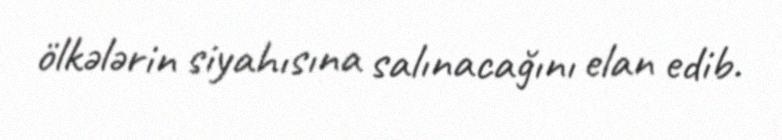
ölkələrin siyahısına salınacağını elan edib.